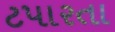
ટપારતા